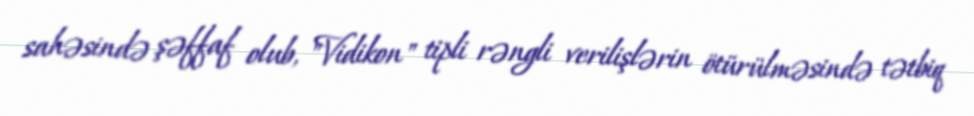
sahəsində şəffaf olub, "Vidikon" tipli rəngli verilişlərin ötürülməsində tətbiq